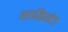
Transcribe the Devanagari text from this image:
शार्पक्रेस्टेड